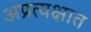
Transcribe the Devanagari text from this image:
अप्रत्यक्षात